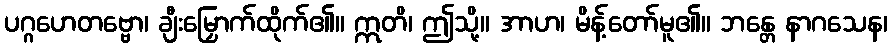
ပဂ္ဂဟေတဗ္ဗော၊ ချီးမြှောက်ထိုက်၏။ ဣတိ၊ ဤသို့။ အာဟ၊ မိန့်တော်မူ၏။ ဘန္တေ နာဂသေန၊